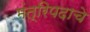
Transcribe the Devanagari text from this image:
मंत्रिपदाचे